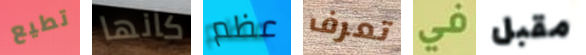
تطيع كانها عظم تعرف في مقبل